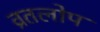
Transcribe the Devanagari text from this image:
व्रतलोप